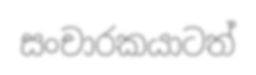
සංචාරකයාටත්